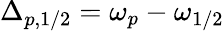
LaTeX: \Delta_{p,1/2}=\omega_{p}-\omega_{1/2}